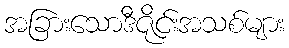
အခြားသောဒီဇိုင်းအသစ်များ